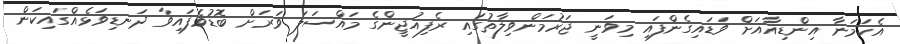
އެކަމަނާ އިންޑިއާއަށް ވަޑައިގެންފައި މިވަނީ ޖަރުމަންވިލާތުގައި ރެފިއުޖީންގެ މައްސަލަ ވަރަށް ބޮޑުވެފައިވާ ދަނޑިވަޅެއްގައިކަން